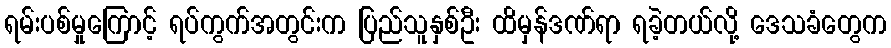
ရမ်းပစ်မှုကြောင့် ရပ်ကွက်အတွင်းက ပြည်သူနှစ်ဦး ထိမှန်ဒဏ်ရာ ရခဲ့တယ်လို့ ဒေသခံတွေက